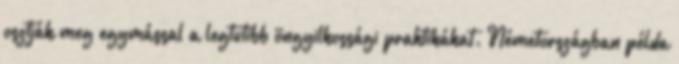
osztják meg egymással a legtutibb öngyilkossági praktikákat. Németországban példa